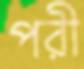
পরী